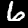
Label: 6